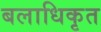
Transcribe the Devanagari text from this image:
बलाधिकृत